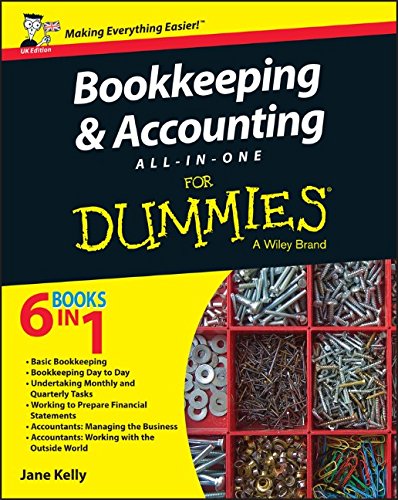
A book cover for Bookkeeping and Accounting All-in-One For Dummies - UK; Jane E. Kelly; Business & Money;